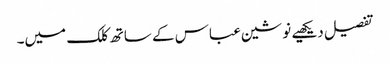
تفصیل دیکھیے نوشین عباس کے ساتھ کلک میں۔